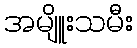
အမျိူးသမီး